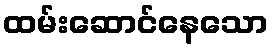
ထမ်းဆောင်နေသော